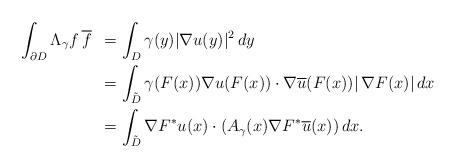
LaTeX: \begin{align*}\begin{aligned}\int_{\partial D} \Lambda_\gamma f \, \overline{f} \enspace &=\int_D \gamma(y) |\nabla u(y)|^2 \, dy\\&=\int_{\tilde{D}}\gamma(F(x))\nabla u (F(x))\cdot \nabla \overline{u}(F(x))|\, \nabla F(x)| \, dx\\&=\int_{\tilde{D}}\nabla F^\ast u(x)\cdot(A_\gamma(x) \nabla F^\ast \overline{u}(x)) \, dx.\end{aligned}\end{align*}